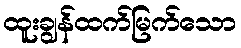
ထူးချွန်ထက်မြက်သော